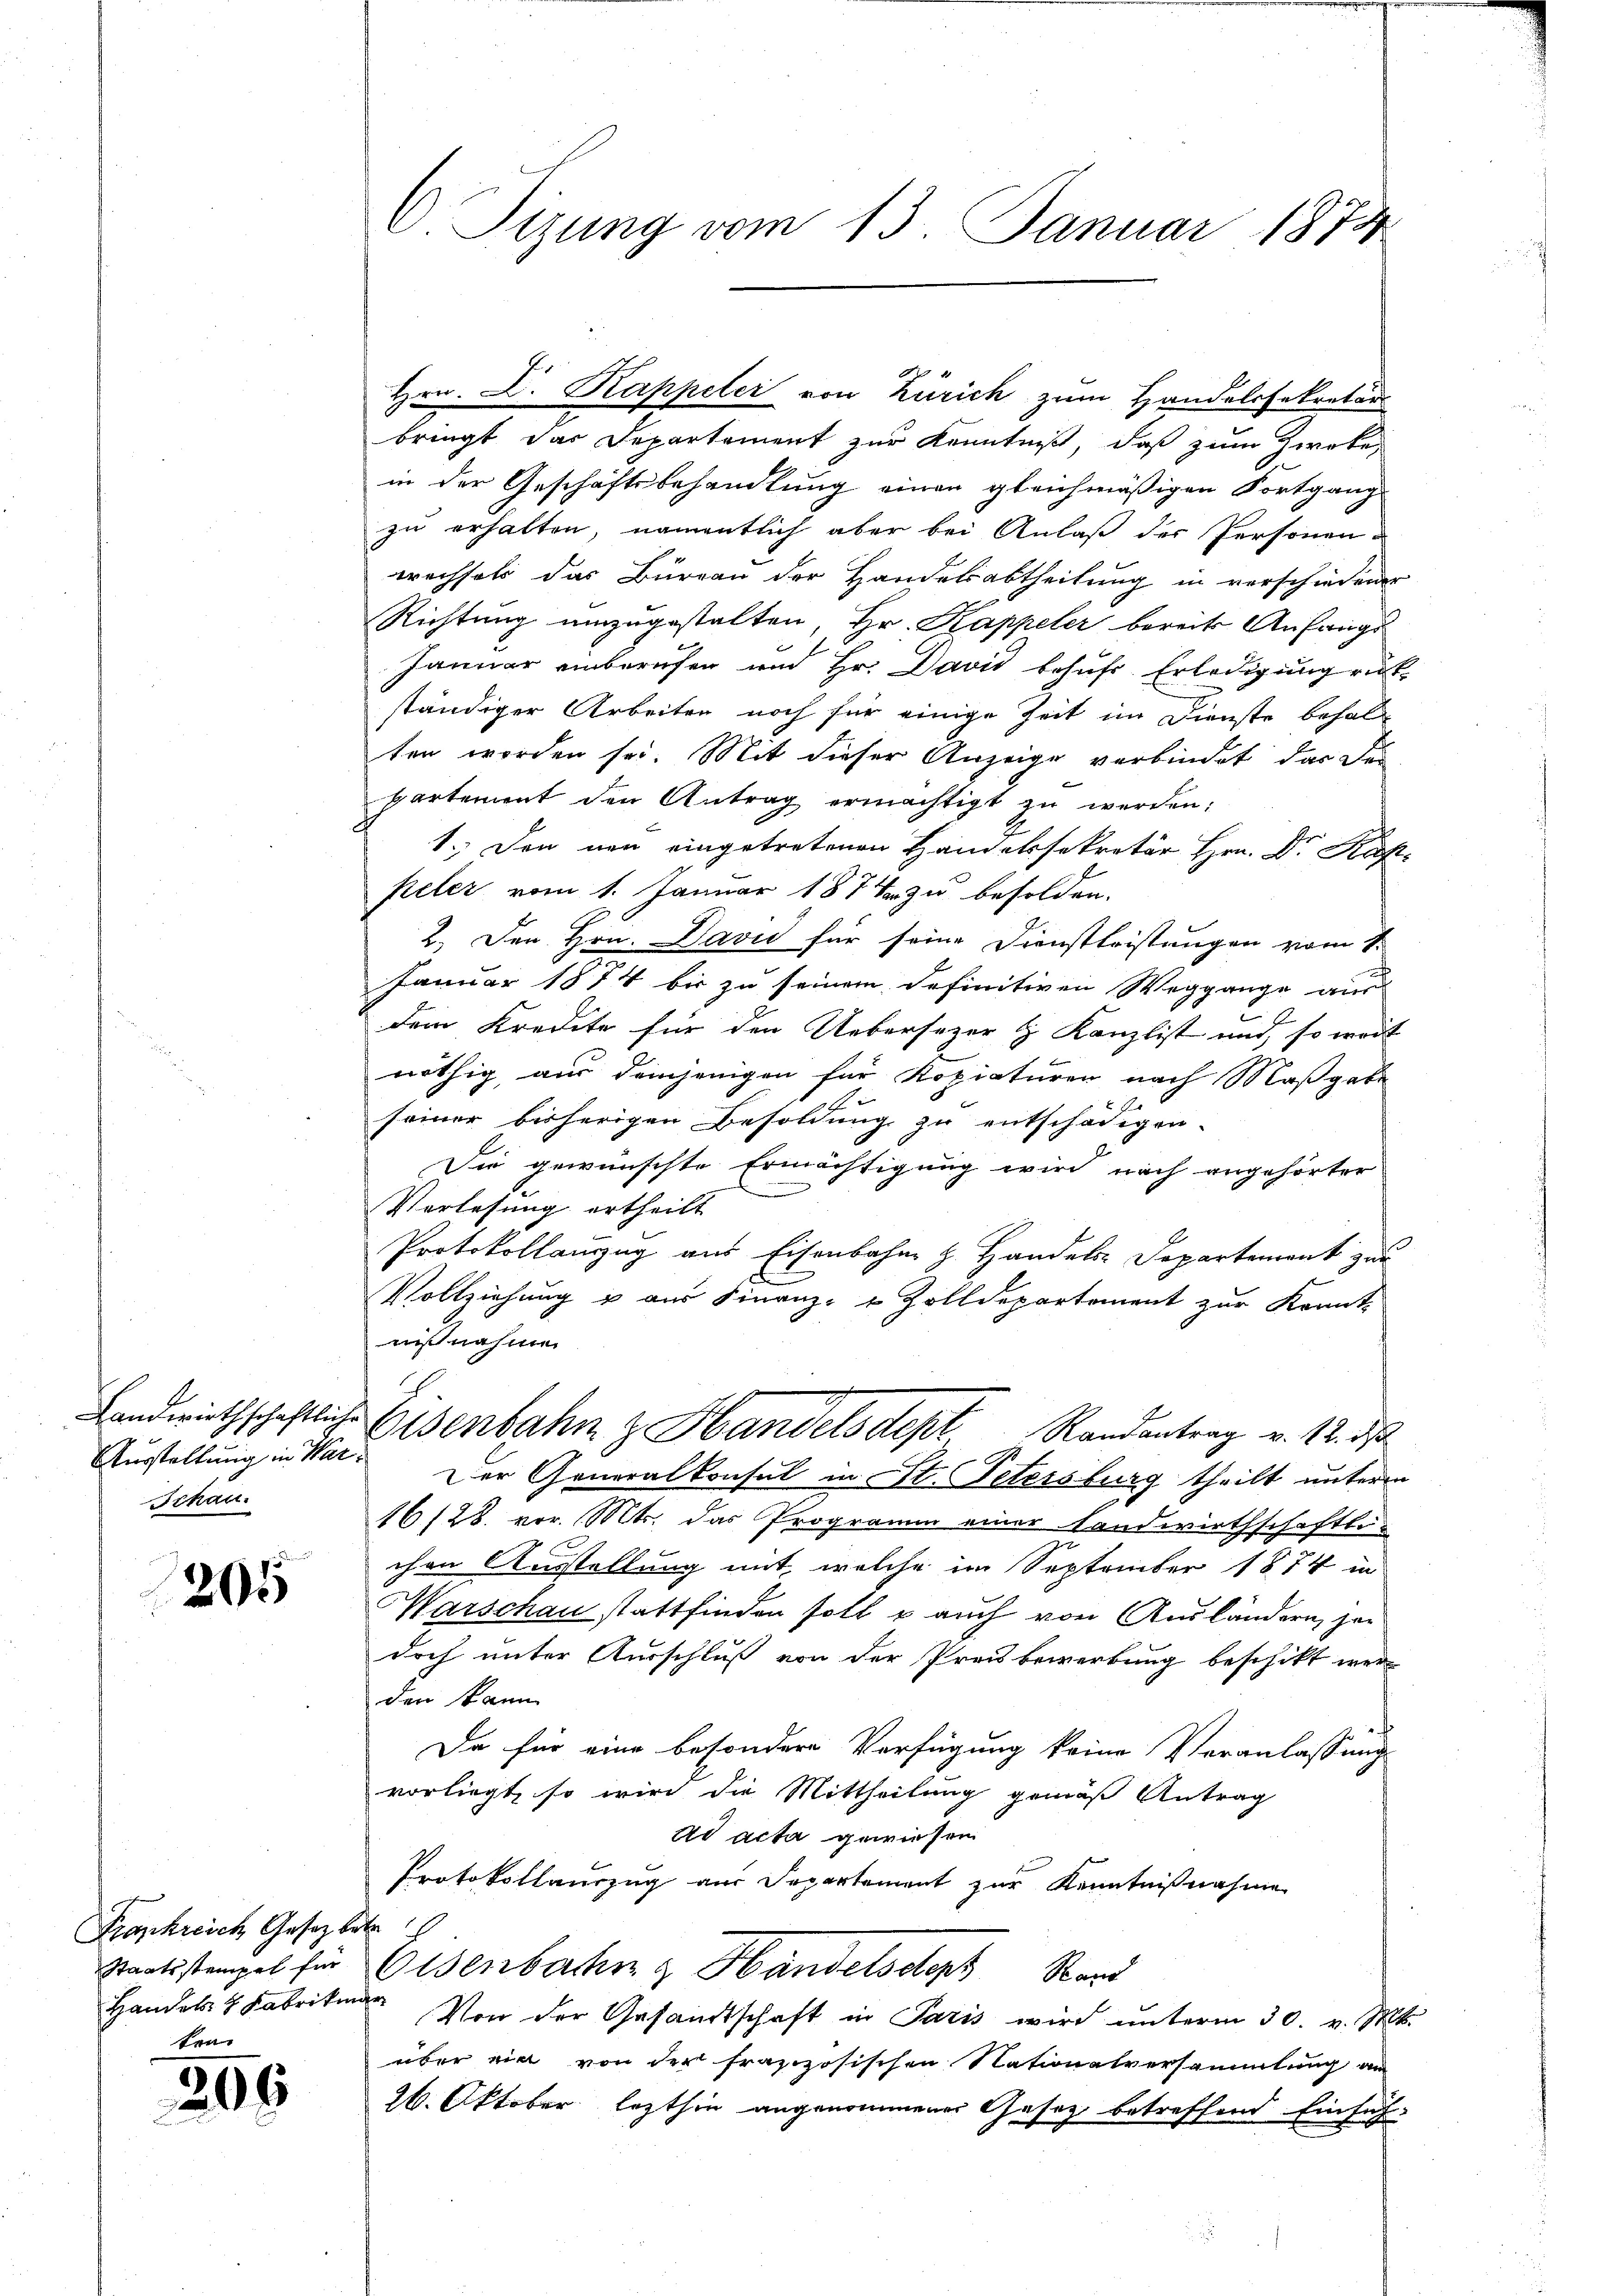
Ausstellung in War¬
Schau.

205

Frankreich Gesetz betr
Staatsstempel für
ten

206

C Tizung vom 13. Januar 1874

Hrn. L. Kappeler von Zürich zum Handelssekretärs

bringt das Departement zur Kenntniß, daß zum Zweke
in der Geschäftsbehandlung einen gleichmäßigen Fortgang
zu erhalten, namentlich aber bei Anlaß der Personen
wechsels das Büreau der Handelsabtheilung in verschiedener
Richtung umzugestalten, Hr. Kappeler bereits Anfangs
Januar einberufen und Hr. Davić behufs Erledigung rit
ständiger Arbeiten noch für einige Zeit im Dienste behal-
ten worden sei. Mit dieser Anzeige verbindet, das der
ppartement den Antrag ermächtigt zŭ werden;
1.) Den neu eingetretenen Handelssekretär Hrn. Dr. Rah
peler vom 1. Januar 1874 zu besolden.
2.) Den Hrn. David für seine Dienstleistungen vom 1.
Januar 1814 bis zu seinem definitiven Weggange aus
dem Kredite für den Uebersezer & Kanzlist und so weit
nöthig aus demjenigen für Kopiaturen nach Maßgabe
seiner bisherigen Besoldung zu entschädigen.
sie gewünschte Ermächtigung wird nach angehörter
Verlesung ertheilt
Protokollanzug aus Eisenbahn z. Handels-Departement zur
Vollziehung u aus Finanz- Zolldepartement zur Krant-
misnahme
Landwirthschaftliche Eisenbahn z. Handelsdept Randantrag v. 18. ds
Der Generalkonsul in St. Petersburg theilt unterm
16/28. vor. Mts. das Programm einer Landwirthschaftlichen Ausstellung mit, welche im September 1874 in
Warschau stattfinden soll & auch von Ausländern, je
doch unter Ausschluß von der Preisbewerbung beschikt wer
den kann
Da für eine besondere Verfügung keine Veranlassung
vorliegt, so wird die Mittheilung gemäß Antrag
ad acta gewiesen
Protokollauszug aus Departement zur Kenntnißnahme
Eisenbahn & Handelsdorf Rand
Handels. Fabrik. Von der Gesandtschaft in Paris wird unterm 30. v. Mt
über ein von der französischen Nationalversammlung an
26. Oktober lezthin angenommener Gesetz betreffend Einfüh-